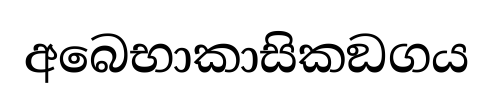
අබෙභාකාසිකඞගය